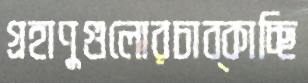
গ্রহাণুগুলোরচাব্‌কাচ্ছি